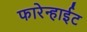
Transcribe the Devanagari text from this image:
फारेन्हाईट